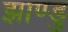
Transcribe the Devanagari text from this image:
झाण्डु